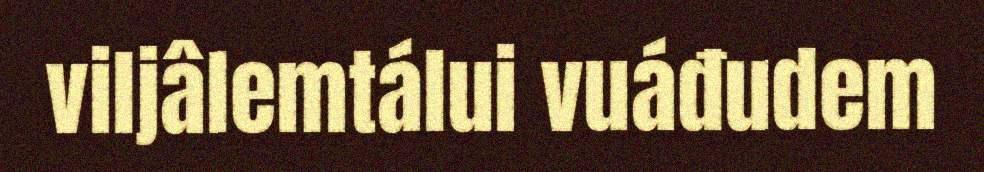
viljâlemtálui vuáđudem